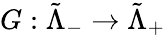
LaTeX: G:\tilde{\Lambda}_{-}\to\tilde{\Lambda}_{+}